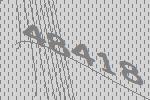
48418